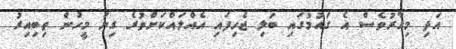
އަދި މިހާރުވެސް އެ ގައުމުގައި ބަލި ޖެހިފައި އެއްލައްކަށްވުރެ ގިނަ މީހުން ތިބިއިރު